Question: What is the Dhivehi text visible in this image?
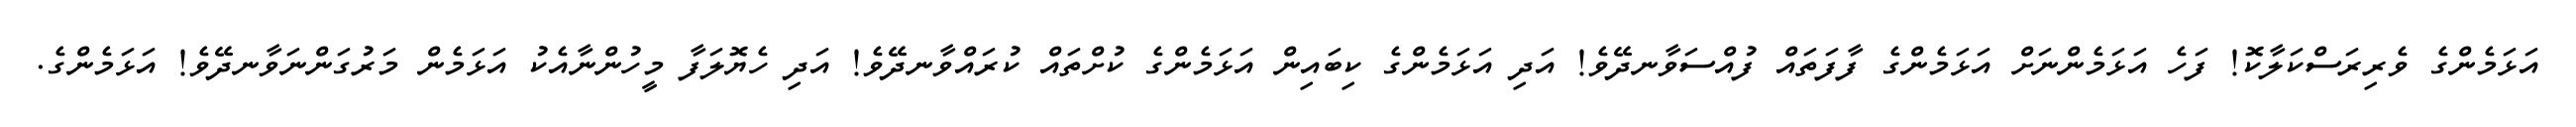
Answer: އަޅަމެންގެ ވެރިރަސްކަލާކޮ! ފަހެ އަޅަމެންނަށް އަޅަމެންގެ ފާފަތައް ފުއްސަވާނދޭވެ! އަދި އަޅަމެންގެ ކިބައިން އަޅަމެންގެ ކުށްތައް ކުރައްވާނދޭވެ! އަދި ހެޔޮލަފާ މީހުންނާއެކު އަޅަމެން މަރުގަންނަވާނދޭވެ! އަޅަމެންގެ.